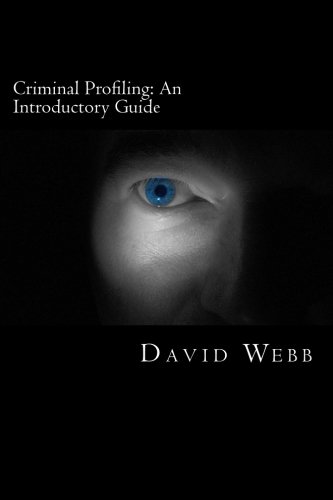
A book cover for Criminal Profiling: An Introductory Guide; David Webb; Medical Books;